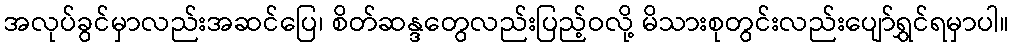
အလုပ်ခွင်မှာလည်းအဆင်ပြေ၊ စိတ်ဆန္ဒတွေလည်းပြည့်ဝလို့ မိသားစုတွင်းလည်းပျော်ရွှင်ရမှာပါ။